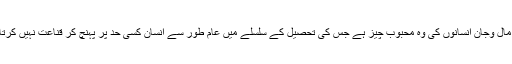
جہاد وہ عبادت ہے جس کا تعلق صرف جسم ومال دونوں سے ہے اور مال وجان انسانوں کی وہ محبوب چیز ہے جس کی تحصیل کے سلسلے میں عام طور سے انسان کسی حد پر پہنچ کر قناعت نہیں کرتا بلکہ مزید سے مزید حاصل کرنے کے لیے ہمہ وقت کوشاں رہتا ہے۔